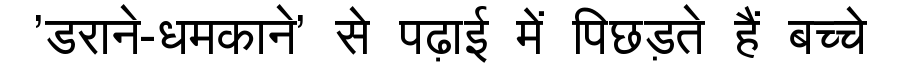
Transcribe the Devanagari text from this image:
'डराने-धमकाने' से पढ़ाई में पिछड़ते हैं बच्चे